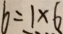
6 = 1 \times 6